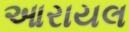
આરાયલ